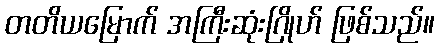
တတိယမြောက် အကြီးဆုံးဂြိုဟ် ဖြစ်သည်။